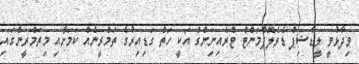
ވިދާޅުވީ ލީޑާޝިޕް ޑެވެލޮޕްމަންޓް ޓްރެއިނިންގް އަކީ ހަތް ގަޑިއިރުގެ ތަމްރީނެއް ކަމަށާއި މިތަމްރީންގައި